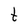
Character: t